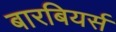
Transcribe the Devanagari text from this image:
बारबियर्स